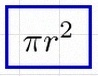
\pi r^2